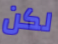
لكن